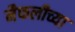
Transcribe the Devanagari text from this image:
मैफलीच्या